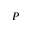
P